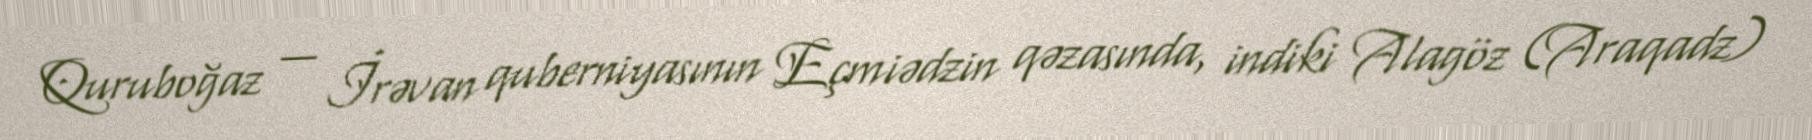
Quruboğaz — İrəvan quberniyasının Eçmiədzin qəzasında, indiki Alagöz (Araqadz)